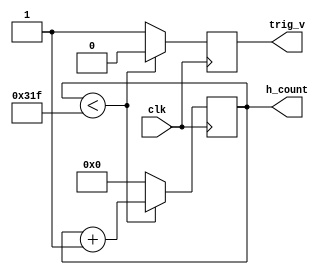
`timescale 1ns / 1ps
//////////////////////////////////////////////////////////////////////////////////
// Company: 
// Engineer: 
// 
// Design Name: 
// Module Name: h_counter
// Project Name: 
// Target Devices: 
// Tool Versions: 
// Description: 
// 
// Dependencies: 
// 
// Revision:
// Revision 0.01 - File Created
// Additional Comments:
// 
//////////////////////////////////////////////////////////////////////////////////



module h_counter(clk, h_count, trig_v);
  input clk;
  output [9:0] h_count;
  output trig_v;
  
  reg [9:0] h_count;
  reg trig_v;
  initial h_count = 0;
  initial trig_v = 0;
 always @ (posedge clk)
    begin
      if (h_count < 799)
        begin
          h_count <= h_count + 1;
          trig_v<=0;
        end
      else
        begin 
          h_count <= 0;
          trig_v<=1;
        end 
    end
endmodule